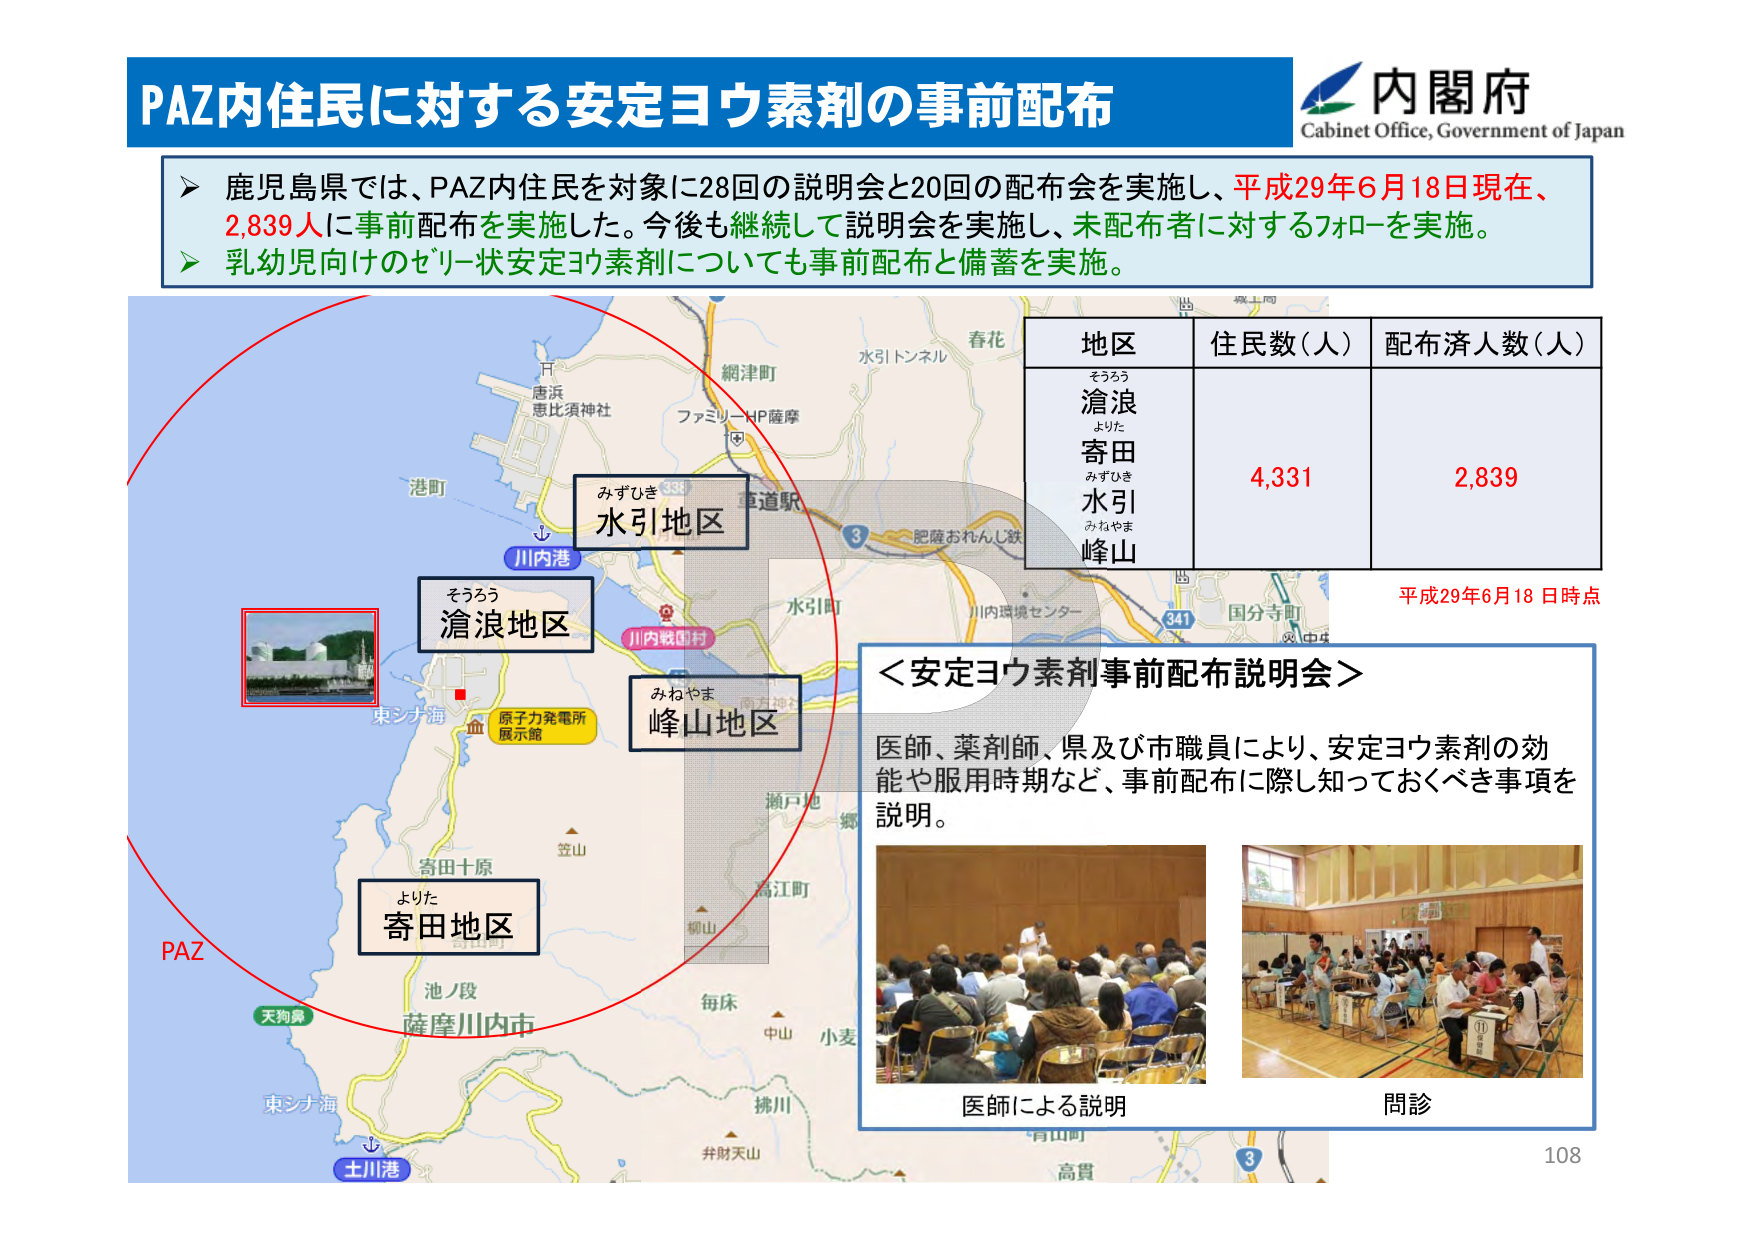
PAZ内住民に対する安定ヨウ素剤の事前配布
内閣府
Cabinet Office, Government of Japan

▶ 鹿児島県では、PAZ内住民を対象に28回の説明会と20回の配布会を実施し、平成29年6月18日現在、2,839人に事前配布を実施した。今後も継続して説明会を実施し、未配布者に対するフォローを実施。
▶ 乳幼児向けのゼリー状安定ヨウ素剤についても事前配布と備蓄を実施。

地区 住民数（人） 配布済人数（人）
そらろう
滄浪
よりた
寄田
みずひき
水引
みねやま
峰山
4,331
2,839
平成29年6月18日時点

＜安定ヨウ素剤事前配布説明会＞
医師、薬剤師、県及び市職員により、安定ヨウ素剤の効能や服用時期など、事前配布に際し知っておくべき事項を説明。

医師による説明
問診

PAZ
川内港
港町
唐浜
恵比須神社
網津町
ファミリーハウス薩摩
水引トンネル
春花
国道3号
肥薩おれんじ線
水引町
川内環境センター
国分寺町
東シナ海
原子力発電所
展示館
瀬戸地
高江町
柳山
毎床
中山
小麦
桃川
弁財天山
高貫
天狗鼻
池ノ段
薩摩川内市
寄田十原
よりた
寄田地区
みずひき
水引地区
そらろう
滄浪地区
みねやま
峰山地区
東シナ海
土川港
108